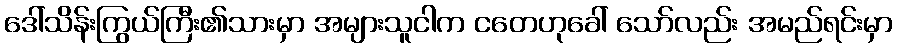
ဒေါ်သိန်းကြွယ်ကြီး၏သားမှာ အများသူငါက ငတေဟုခေါ် သော်လည်း အမည်ရင်းမှာ